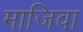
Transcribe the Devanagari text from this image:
माजिवा